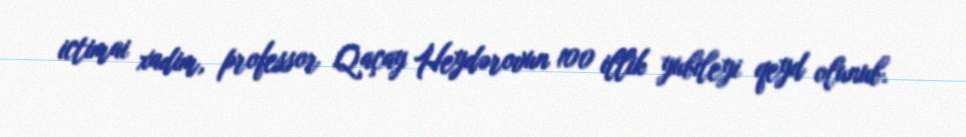
ictimai xadim, professor Qaçay Heydərovun 100 illik yubileyi qeyd olunub.